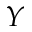
{ \cal Y }